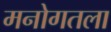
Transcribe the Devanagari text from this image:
मनोगतला